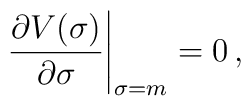
\left.     \frac{\partial V(\sigma)}{\partial \sigma}     \right|_{\sigma = m}=0\, ,